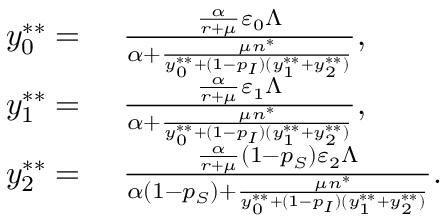
\begin{array} { r l } { y _ { 0 } ^ { * * } = } & { ~ \frac { \frac { \alpha } { r + \mu } \varepsilon _ { 0 } \Lambda } { \alpha + \frac { \mu n ^ { * } } { y _ { 0 } ^ { * * } + ( 1 - p _ { I } ) ( y _ { 1 } ^ { * * } + y _ { 2 } ^ { * * } ) } } , } \\ { y _ { 1 } ^ { * * } = } & { ~ \frac { \frac { \alpha } { r + \mu } \varepsilon _ { 1 } \Lambda } { \alpha + \frac { \mu n ^ { * } } { y _ { 0 } ^ { * * } + ( 1 - p _ { I } ) ( y _ { 1 } ^ { * * } + y _ { 2 } ^ { * * } ) } } , } \\ { y _ { 2 } ^ { * * } = } & { ~ \frac { \frac { \alpha } { r + \mu } ( 1 - p _ { S } ) \varepsilon _ { 2 } \Lambda } { \alpha ( 1 - p _ { S } ) + \frac { \mu n ^ { * } } { y _ { 0 } ^ { * * } + ( 1 - p _ { I } ) ( y _ { 1 } ^ { * * } + y _ { 2 } ^ { * * } ) } } . } \end{array}